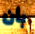
بأن